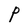
Character: P